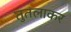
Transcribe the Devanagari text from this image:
तुतलाकर